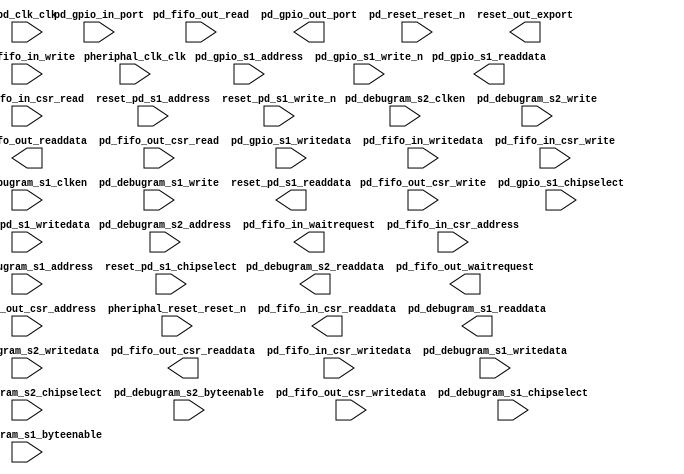

module PatternGeneratorSYS (
	pd_clk_clk,
	pd_debugram_s2_address,
	pd_debugram_s2_chipselect,
	pd_debugram_s2_clken,
	pd_debugram_s2_write,
	pd_debugram_s2_readdata,
	pd_debugram_s2_writedata,
	pd_debugram_s2_byteenable,
	pd_fifo_out_readdata,
	pd_fifo_out_read,
	pd_fifo_out_waitrequest,
	pd_fifo_out_csr_address,
	pd_fifo_out_csr_read,
	pd_fifo_out_csr_writedata,
	pd_fifo_out_csr_write,
	pd_fifo_out_csr_readdata,
	pd_gpio_in_port,
	pd_gpio_out_port,
	pd_reset_reset_n,
	pheriphal_clk_clk,
	pheriphal_reset_reset_n,
	reset_out_export,
	pd_gpio_s1_address,
	pd_gpio_s1_write_n,
	pd_gpio_s1_writedata,
	pd_gpio_s1_chipselect,
	pd_gpio_s1_readdata,
	pd_fifo_in_writedata,
	pd_fifo_in_write,
	pd_fifo_in_waitrequest,
	pd_fifo_in_csr_address,
	pd_fifo_in_csr_read,
	pd_fifo_in_csr_writedata,
	pd_fifo_in_csr_write,
	pd_fifo_in_csr_readdata,
	pd_debugram_s1_address,
	pd_debugram_s1_clken,
	pd_debugram_s1_chipselect,
	pd_debugram_s1_write,
	pd_debugram_s1_readdata,
	pd_debugram_s1_writedata,
	pd_debugram_s1_byteenable,
	reset_pd_s1_address,
	reset_pd_s1_write_n,
	reset_pd_s1_writedata,
	reset_pd_s1_chipselect,
	reset_pd_s1_readdata);	

	input		pd_clk_clk;
	input	[3:0]	pd_debugram_s2_address;
	input		pd_debugram_s2_chipselect;
	input		pd_debugram_s2_clken;
	input		pd_debugram_s2_write;
	output	[31:0]	pd_debugram_s2_readdata;
	input	[31:0]	pd_debugram_s2_writedata;
	input	[3:0]	pd_debugram_s2_byteenable;
	output	[31:0]	pd_fifo_out_readdata;
	input		pd_fifo_out_read;
	output		pd_fifo_out_waitrequest;
	input	[2:0]	pd_fifo_out_csr_address;
	input		pd_fifo_out_csr_read;
	input	[31:0]	pd_fifo_out_csr_writedata;
	input		pd_fifo_out_csr_write;
	output	[31:0]	pd_fifo_out_csr_readdata;
	input	[31:0]	pd_gpio_in_port;
	output	[31:0]	pd_gpio_out_port;
	input		pd_reset_reset_n;
	input		pheriphal_clk_clk;
	input		pheriphal_reset_reset_n;
	output		reset_out_export;
	input	[2:0]	pd_gpio_s1_address;
	input		pd_gpio_s1_write_n;
	input	[31:0]	pd_gpio_s1_writedata;
	input		pd_gpio_s1_chipselect;
	output	[31:0]	pd_gpio_s1_readdata;
	input	[31:0]	pd_fifo_in_writedata;
	input		pd_fifo_in_write;
	output		pd_fifo_in_waitrequest;
	input	[2:0]	pd_fifo_in_csr_address;
	input		pd_fifo_in_csr_read;
	input	[31:0]	pd_fifo_in_csr_writedata;
	input		pd_fifo_in_csr_write;
	output	[31:0]	pd_fifo_in_csr_readdata;
	input	[3:0]	pd_debugram_s1_address;
	input		pd_debugram_s1_clken;
	input		pd_debugram_s1_chipselect;
	input		pd_debugram_s1_write;
	output	[31:0]	pd_debugram_s1_readdata;
	input	[31:0]	pd_debugram_s1_writedata;
	input	[3:0]	pd_debugram_s1_byteenable;
	input	[2:0]	reset_pd_s1_address;
	input		reset_pd_s1_write_n;
	input	[31:0]	reset_pd_s1_writedata;
	input		reset_pd_s1_chipselect;
	output	[31:0]	reset_pd_s1_readdata;
endmodule